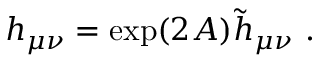
h _ { \mu \nu } = \exp ( 2 A ) { \widetilde h } _ { \mu \nu } ~ .